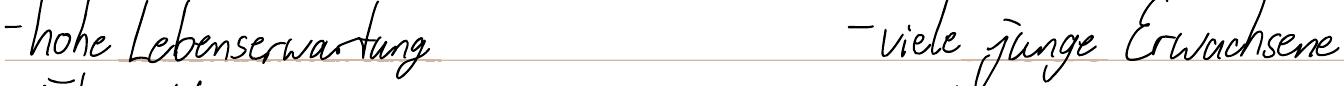
- hohe Lebenserwartung    - viele junge Erwachsene